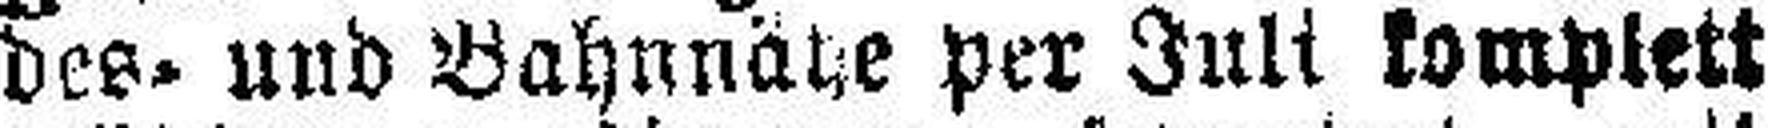
des- und Bahnna###e per Juli komplett